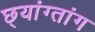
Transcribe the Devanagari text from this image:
छ्यांग्तांग